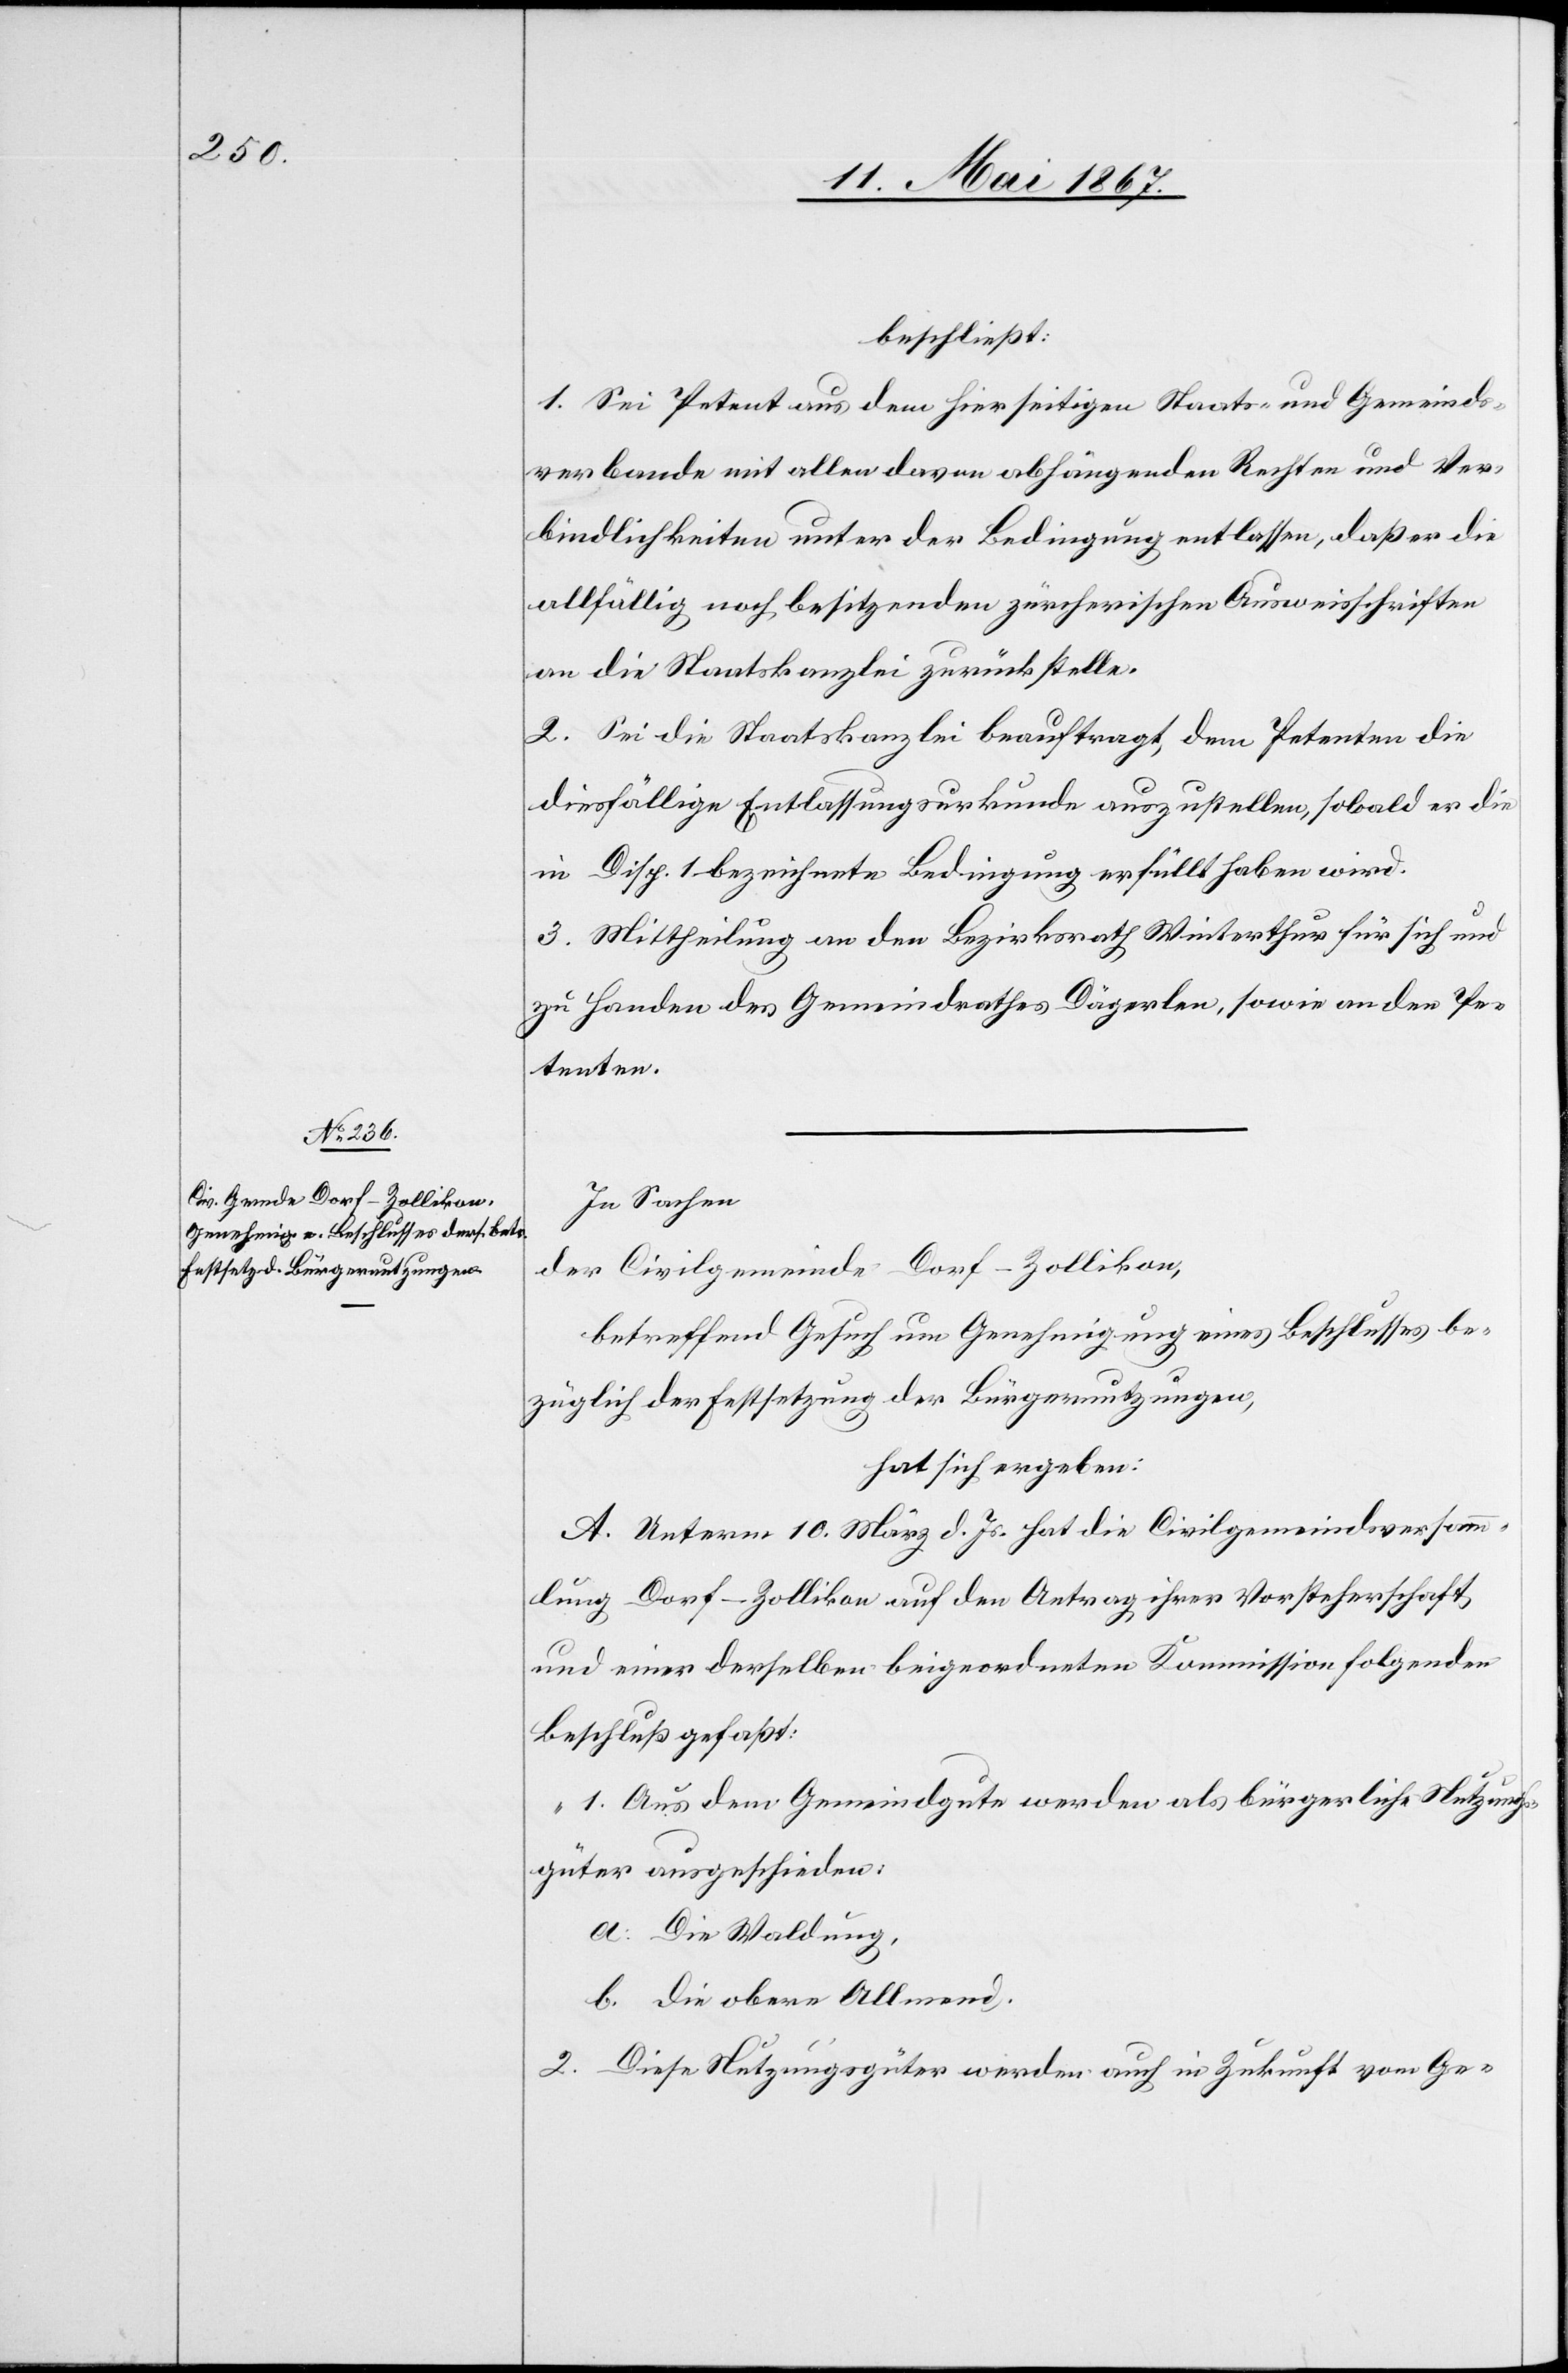
beschließt:
1. Sei Petent aus dem hierseitigen Staats- und Gemeinds¬
verbande mit allen davon abhängenden Rechten und Ver¬
bindlichkeiten unter der Bedingung entlassen, daß er die
allfällig noch besitzenden zürcherischen Ausweisschriften
an die Staatskanzlei zurückstelle.
2. Sei die Staatskanzlei beauftragt, dem Petenten die
diesfällige Entlassungsurkunde auszustellen, sobald er die
in Disp. 1 bezeichnete Bedingung erfüllt haben wird.
3. Mittheilung an den Bezirksrath Winterthur für sich und
zu Handen des Gemeindrathes Dägerlen, sowie an den Pe¬
tenten.
In Sachen
der Civilgemeinde Dorf-Zollikon,
betreffend Gesuch um Genehmigung eines Beschlusses be¬
züglich der Festsetzung der Bürgernutzungen,
hat sich ergeben:
A. Unterm 10. März d. Js. hat die Civilgemeindsversamm¬
lung Dorf-Zollikon auf den Antrag ihrer Vorsteherschaft
und einer derselben beigeordneten Kommission folgenden
Beschluß gefaßt:
„1. Aus dem Gemeindgute werden als bürgerliche Nutzungs¬
güter ausgeschieden:
a. Die Waldung,
b. Die obere Allmend.
2. Diese Nutzungsgüter werden auch in Zukunft vom Ge-